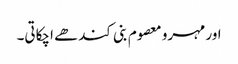
اور مہرو معصوم بنی کندھے اچکاتی۔